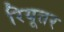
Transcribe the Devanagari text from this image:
रियूतर